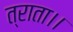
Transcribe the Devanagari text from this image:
त्राता।।